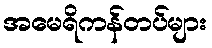
အမေရိကန်တပ်များ